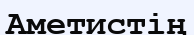
Аметистің